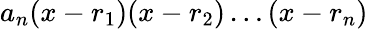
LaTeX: a_{n}(x-r_{1})(x-r_{2})\dots(x-r_{n})